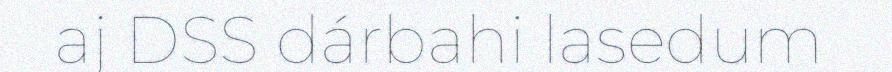
aj DSS dárbahi lasedum